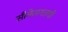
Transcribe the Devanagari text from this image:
सीमेलगतची